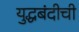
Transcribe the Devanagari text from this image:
युद्धबंदीची